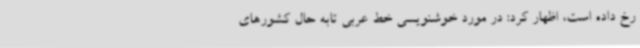
رخ داده است، اظهار کرد: در مورد خوشنویسی خط عربی تابه حال کشورهای